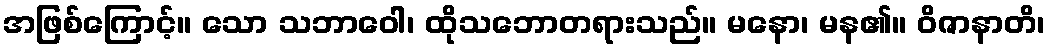
အဖြစ်ကြောင့်။ သော သဘာဝေါ၊ ထိုသဘောတရားသည်။ မနော၊ မန၏။ ဝိဇာနာတိ၊